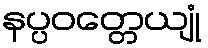
နပ္ပဝတ္တေယျုံ